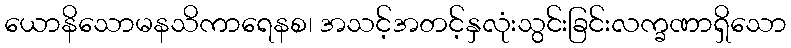
ယောနိသောမနသိကာရေနစ၊ အသင့်အတင့်နှလုံးသွင်းခြင်းလက္ခဏာရှိသော